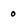
Character: 0